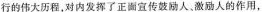
行的伟大历程，对内发挥了正面宣传鼓励人。激励人的作用，